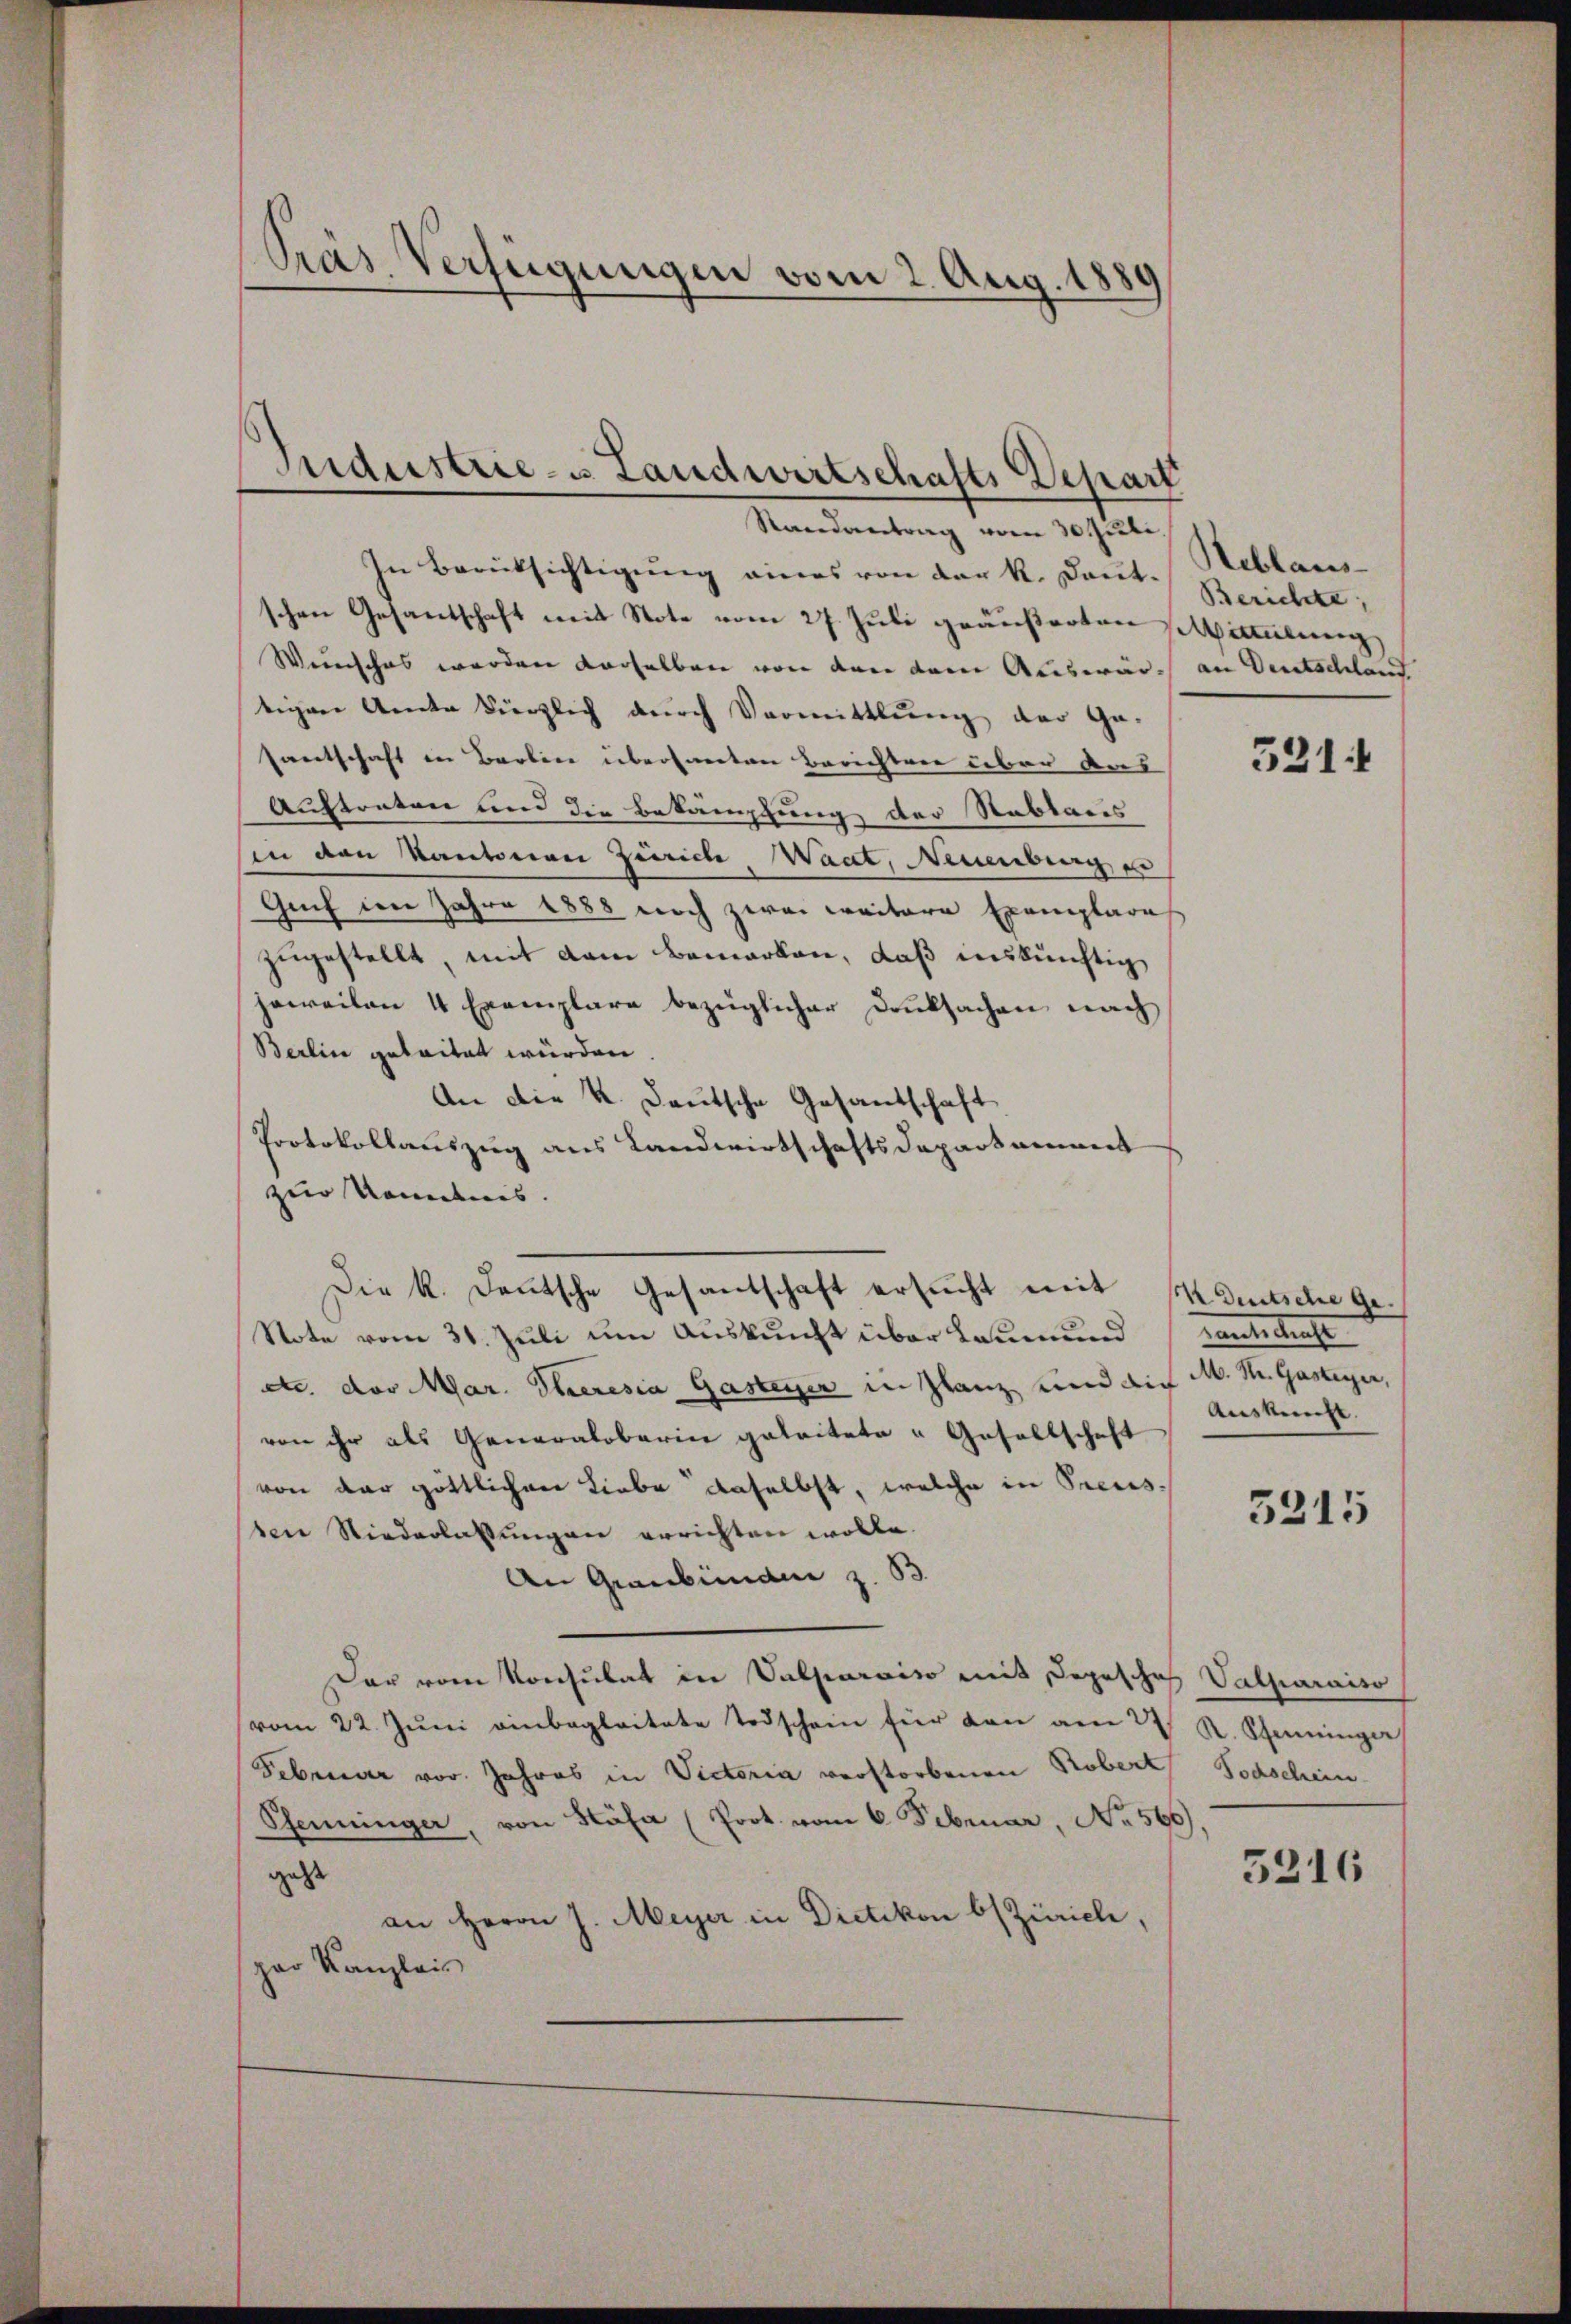
Pras Verfügungen vom 2. Aug. 1889

Industrie- u. Landwirtschafts Depart
Randantrag vom 30. Juli.

In Berüksichtigung eines von der k. Dant-
schen Gesandschaft mit Note vom 27. Juli geäußerten sittlung
Weinsches werden derselben war den dem Auswär an Deutschland
tigen Ante kürzlich durch Vormittlung der Ge-
Hantschaft in Barlin übersanten Berichten über das
Auftreten und die Bekämpfung der Reblaris
in den Kantonen Zürich Waat, Naumburg e
Genf im Jahre 1888 noch zwei weitere Exemplare
zugestellt, mit dem Bemerken, daß inskünftig
jeweilen 4 Exemplare bezüglicher Danksachen nach
Berlin geleitet würden.
An die K. Deutsche Gesandschaft
Protokollauszug aus Landwirtschaftsdepartament
zur Kenntnis.
Note vom 31. Juli um Auskunft über kaum und
etc. der Mar. Theresia Gasteyer in Glanz und die M. Mr. Gasteyer,
von ihr als Generalobarin geleitete „Gesellschaft
von der göttlichen Liebe daselbst, welche in Preis-
ven Niederlassungen errichten wolle.
An Graubünden z. B.
Der vom Konsulat in Valparoiso mit Depesche
vom 22. Juni einbegleitete Todschein für den am 27.
Februar vor. Jahres in Victoria verstorbenen Robert
Pfenninger, von Stäfa (Prot. vom 6. Februar, No 566)
geht
an Herrn J. Meyer in Dietikon bs Zürich,
par Kanzleis

Die k. Deutsche Gesandschaft ersucht mit 14 Deutsche ge¬

Reblaus-
Berichte,

521.

Tantellenhe
Auskunft.

5315

Vatharaiso
R. Scheininger
Todschein

5216